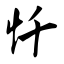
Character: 忏